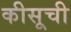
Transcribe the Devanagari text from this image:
कीसूची